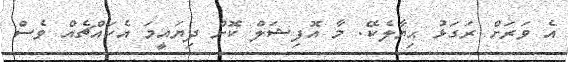
އެ ވަރަށް ރަގަޅު ޙިޔާލެކޭ. މާ އޮފިޝަލް ކޮށް ދިޔައީމަ އެކައްޗެއް ވެސް